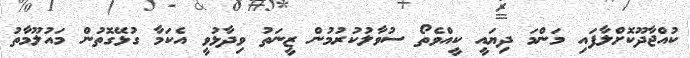
ކުއްޖާދޫކޮށްލާފައި މަންމަ ދިޔައީ ކީއްވެތޯ ސުވާލުކުރުމުން ޒީނަތު ވިދާޅުވީ އެކަމާ ގުޅޭގޮތުން މައުލޫމާތު